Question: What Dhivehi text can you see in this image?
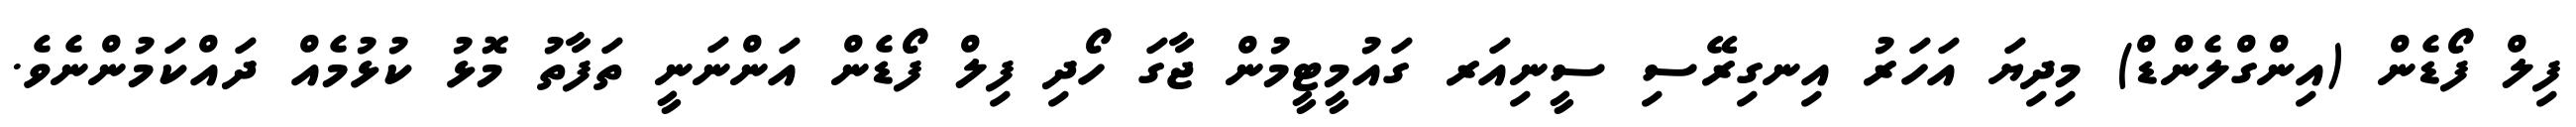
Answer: ފިލް ފޯޑެން (އިންގްލެންޑް) މިދިޔަ އަހަރު އިނގިރޭސި ސީނިއަރ ގައުމީޓީމުން ޖާގަ ހޯދި ފިލް ފޯޑެން އަންނަނީ ތަފާތު މޮޅު ކުޅުމެއް ދައްކަމުންނެވެ.